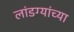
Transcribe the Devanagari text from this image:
लांडग्यांच्या